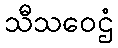
သီသဝေဌံ